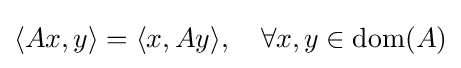
\langle Ax,y\rangle =\langle x,Ay\rangle ,\quad \forall x,y\in \operatorname {dom} (A)